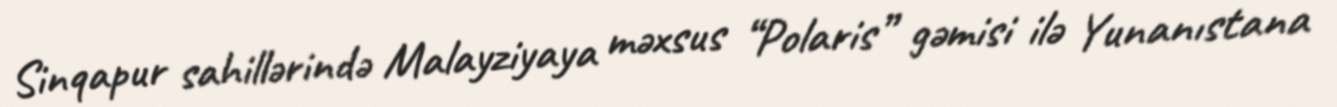
Sinqapur sahillərində Malayziyaya məxsus “Polaris” gəmisi ilə Yunanıstana